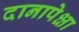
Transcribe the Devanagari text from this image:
दानापेक्षा